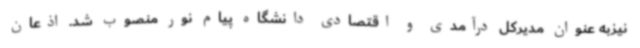
نیزبه عنوان مدیرکل درآمدی و اقتصادی دانشگاه پیام نور منصوب شد. اذعان